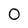
Character: 0